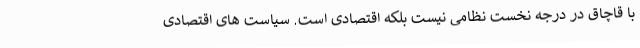
با قاچاق در درجه نخست نظامی نیست بلکه اقتصادی است. سیاست های اقتصادی